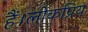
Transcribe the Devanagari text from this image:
हैं।लोकप्रिय